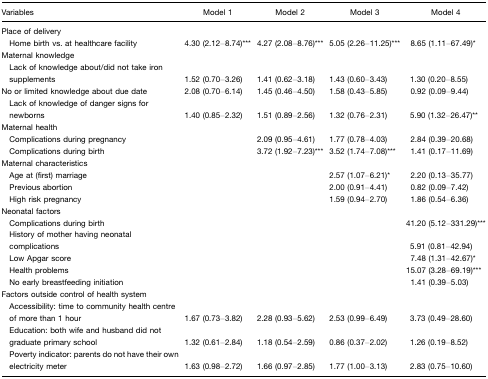
<table><thead><tr><td><b>Variables</b></td><td><b>Model 1</b></td><td><b>Model 2</b></td><td><b>Model 3</b></td><td><b>Model 4</b></td></tr></thead><tbody><tr><td>Place of delivery</td><td></td><td></td><td></td><td></td></tr><tr><td> Home birth vs. at healthcare facility</td><td>4.30 (2.12–8.74)***</td><td>4.27 (2.08–8.76)***</td><td>5.05 (2.26–11.25)***</td><td>8.65 (1.11–67.49)*</td></tr><tr><td>Maternal knowledge</td><td></td><td></td><td></td><td></td></tr><tr><td> Lack of knowledge about/did not take iron supplements</td><td>1.52 (0.70–3.26)</td><td>1.41 (0.62–3.18)</td><td>1.43 (0.60–3.43)</td><td>1.30 (0.20–8.55)</td></tr><tr><td>No or limited knowledge about due date</td><td>2.08 (0.70–6.14)</td><td>1.45 (0.46–4.50)</td><td>1.58 (0.43–5.85)</td><td>0.92 (0.09–9.44)</td></tr><tr><td> Lack of knowledge of danger signs for newborns</td><td>1.40 (0.85–2.32)</td><td>1.51 (0.89–2.56)</td><td>1.32 (0.76–2.31)</td><td>5.90 (1.32–26.47)**</td></tr><tr><td>Maternal health</td><td></td><td></td><td></td><td></td></tr><tr><td> Complications during pregnancy</td><td></td><td>2.09 (0.95–4.61)</td><td>1.77 (0.78–4.03)</td><td>2.84 (0.39–20.68)</td></tr><tr><td> Complications during birth</td><td></td><td>3.72 (1.92–7.23)***</td><td>3.52 (1.74–7.08)***</td><td>1.41 (0.17–11.69)</td></tr><tr><td>Maternal characteristics</td><td></td><td></td><td></td><td></td></tr><tr><td> Age at (first) marriage</td><td></td><td></td><td>2.57 (1.07–6.21)*</td><td>2.20 (0.13–35.77)</td></tr><tr><td> Previous abortion</td><td></td><td></td><td>2.00 (0.91–4.41)</td><td>0.82 (0.09–7.42)</td></tr><tr><td> High risk pregnancy</td><td></td><td></td><td>1.59 (0.94–2.70)</td><td>1.86 (0.54–6.36)</td></tr><tr><td>Neonatal factors</td><td></td><td></td><td></td><td></td></tr><tr><td> Complications during birth</td><td></td><td></td><td></td><td>41.20 (5.12–331.29)***</td></tr><tr><td> History of mother having neonatal complications</td><td></td><td></td><td></td><td>5.91 (0.81–42.94)</td></tr><tr><td> Low Apgar score</td><td></td><td></td><td></td><td>7.48 (1.31–42.67)*</td></tr><tr><td> Health problems</td><td></td><td></td><td></td><td>15.07 (3.28–69.19)***</td></tr><tr><td> No early breastfeeding initiation</td><td></td><td></td><td></td><td>1.41 (0.39–5.03)</td></tr><tr><td>Factors outside control of health system</td><td></td><td></td><td></td><td></td></tr><tr><td> Accessibility: time to community health centre of more than 1 hour</td><td>1.67 (0.73–3.82)</td><td>2.28 (0.93–5.62)</td><td>2.53 (0.99–6.49)</td><td>3.73 (0.49–28.60)</td></tr><tr><td> Education: both wife and husband did not graduate primary school</td><td>1.32 (0.61–2.84)</td><td>1.18 (0.54–2.59)</td><td>0.86 (0.37–2.02)</td><td>1.26 (0.19–8.52)</td></tr><tr><td> Poverty indicator: parents do not have their own electricity meter</td><td>1.63 (0.98–2.72)</td><td>1.66 (0.97–2.85)</td><td>1.77 (1.00–3.13)</td><td>2.83 (0.75–10.60)</td></tr></tbody></table>